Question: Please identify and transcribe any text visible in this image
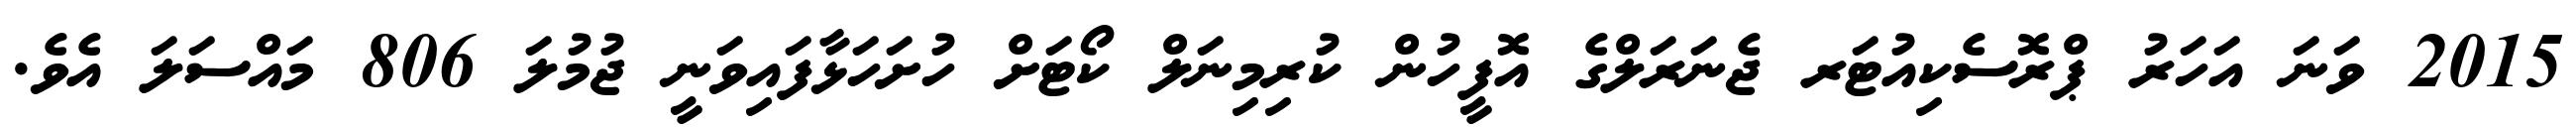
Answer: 2015 ވަނަ އަހަރު ޕްރޮސެކިއުޓަރ ޖެނަރަލްގެ އޮފީހުން ކުރިމިނަލް ކޯޓަށް ހުށަހަޅާފައިވަނީ ޖުމުލަ 806 މައްސަލަ އެވެ.